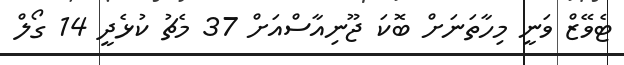
ޓެވޭޒް ވަނީ މިހާތަނަށް ބޮކަ ޖޫނިއާސްއަށް 37 މެޗު ކުޅެދީ 14 ގޯލް